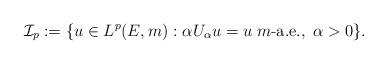
LaTeX: \begin{align*}\mathcal{I}_p : = \{ u \in L^p(E, m) : \alpha U_\alpha u = u \; m\mbox{-a.e.}, \; \alpha > 0 \}. \end{align*}